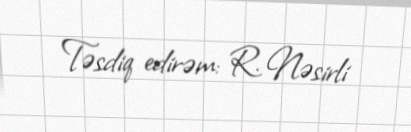
Təsdiq edirəm: R. Nəsirli